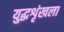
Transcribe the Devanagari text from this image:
युद्धशृंखला